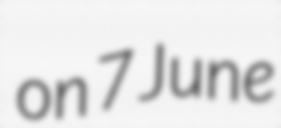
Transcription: on 7 June